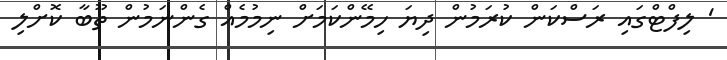
' ލިފްޓްގައި ރަސްކަން ކުރަމުން ދިޔަ ހިމޭންކަމަށް ނިމުމެއް ގެންނަމުން ތޫބާ ކޮށްލި